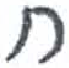
אות: ח